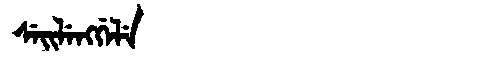
Manchu: ᠰᡝᡳᠯᡝᠩᡤᡝᠯᡝ
Romanization: SEILENGGELE